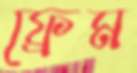
ফ্রেম